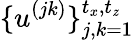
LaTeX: \{ u^{(jk)}\} _{j,k=1}^{t_{x},t_{\mathit{z}}}